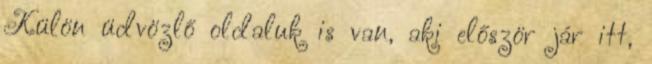
Külön üdvözlő oldaluk is van, aki először jár itt,